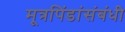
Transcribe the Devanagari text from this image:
मूत्रपिंडांसंबंधी